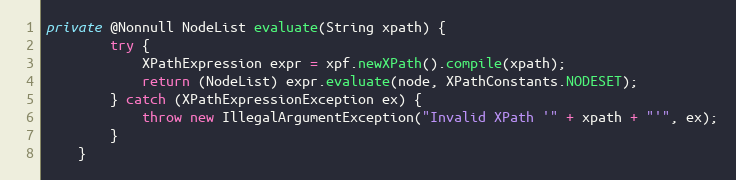
Language: Java
private @Nonnull NodeList evaluate(String xpath) {
        try {
            XPathExpression expr = xpf.newXPath().compile(xpath);
            return (NodeList) expr.evaluate(node, XPathConstants.NODESET);
        } catch (XPathExpressionException ex) {
            throw new IllegalArgumentException("Invalid XPath '" + xpath + "'", ex);
        }
    }